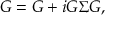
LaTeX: { \cal G } = G + i G \Sigma { \cal G } ,